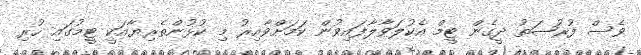
ވެސް ފުރުޞަތު ދީގެން ޓީމް އެކުލަވާލާފައިވުން ކަމަށްވާއިރު މި ކުޅުންތެރިޔާއަކީ ޓީމުގައި ހުރި